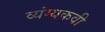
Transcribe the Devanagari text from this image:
व्यंग्यकवी